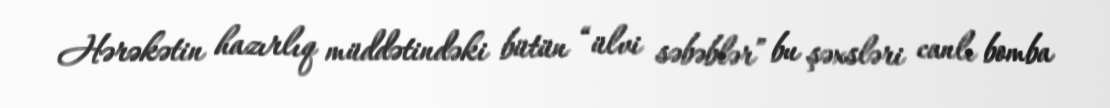
Hərəkətin hazırlıq müddətindəki bütün “ülvi səbəblər” bu şəxsləri canlı bomba